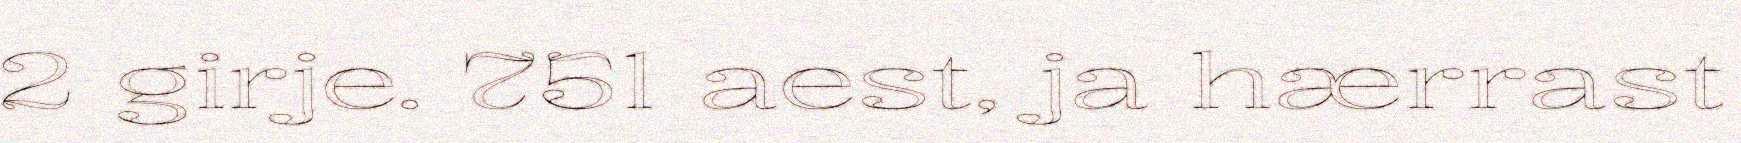
2 girje. 751 aest, ja hærrast